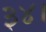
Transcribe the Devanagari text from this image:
३४।